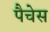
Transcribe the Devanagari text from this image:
पैचेस